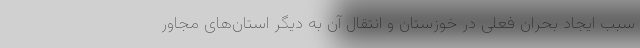
سبب ایجاد بحران فعلی در خوزستان و انتقال آن به دیگر استان‌های مجاور